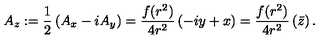
A _ { z } : = \frac { 1 } { 2 } \left( A _ { x } - i A _ { y } \right) = \frac { f ( r ^ { 2 } ) } { 4 r ^ { 2 } } \left( - i y + x \right) = \frac { f ( r ^ { 2 } ) } { 4 r ^ { 2 } } \left( \bar { z } \right) .